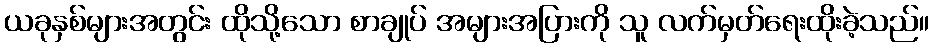
ယခုနှစ်များအတွင်း ထိုသို့သော စာချုပ် အများအပြားကို သူ လက်မှတ်ရေးထိုးခဲ့သည်။